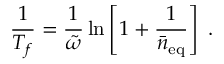
\frac { 1 } { T _ { f } } = \frac { 1 } { \tilde { \omega } } \ln \left[ 1 + \frac { 1 } { \bar { n } _ { \mathrm { e q } } } \right] \; .